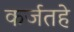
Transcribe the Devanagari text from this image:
कर्जतहे